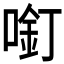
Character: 𱓸